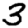
Digit: 3